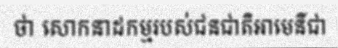
ថា សោកនាដកម្មរបស់ជនជាតិអាមេនីជា